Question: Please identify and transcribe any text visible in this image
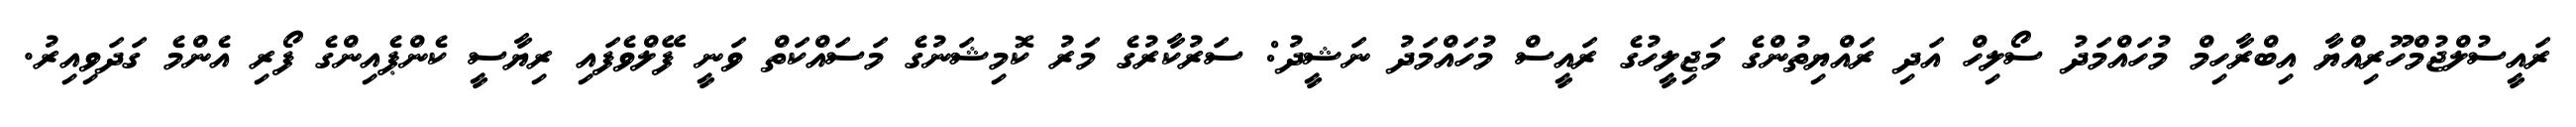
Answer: ރައީސުލްޖުމްހޫރިއްޔާ އިބްރާހިމް މުހައްމަދު ސޯލިހް އަދި ރައްޔިތުންގެ މަޖިލީހުގެ ރައީސް މުހައްމަދު ނަޝީދު: ސަރުކާރުގެ މަރު ކޮމިޝަނުގެ މަސައްކަތް ވަނީ ފޭލްވެފައި ރިޔާސީ ކެންޕެއިންގެ ފޯރި އެންމެ ގަދަވިއިރު.